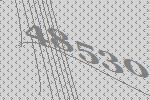
48530